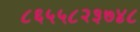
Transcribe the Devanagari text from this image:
८६५५८२३७४८